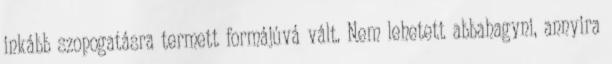
inkább szopogatásra termett formájúvá vált. Nem lehetett abbahagyni, annyira